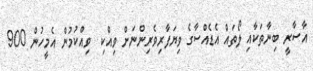
އާސާރީ ބިނާތަކާއި ލޯތައް އެޑެއްސާގެ ވިޔަފާރިވެރިންނަށް ވިއްކި  ވިއްކުމުން އެމީހުން 900